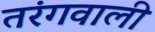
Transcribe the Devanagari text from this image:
तरंगवाली